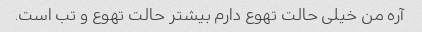
آره من خیلی حالت تهوع دارم بیشتر حالت تهوع و تب است.